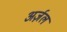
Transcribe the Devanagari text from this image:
अर्ज़ल